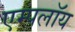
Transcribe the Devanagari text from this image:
एम्पलॉय